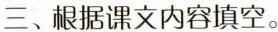
三、根据课文内容填空。